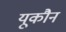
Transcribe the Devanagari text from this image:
यूकौन